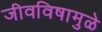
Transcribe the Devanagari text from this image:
जीवविषामुळे